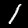
Label: 1